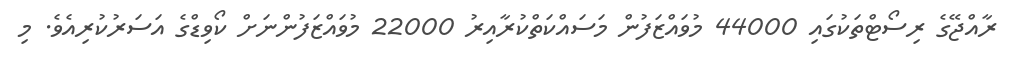
ރާއްޖޭގެ ރިސޯޓްތަކުގައި 44000 މުވައްޒަފުން މަސައްކަތްކުރާއިރު 22000 މުވައްޒަފުންނަށް ކޯވިޑްގެ އަސަރުކުރިއެވެ. މި